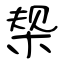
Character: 椝